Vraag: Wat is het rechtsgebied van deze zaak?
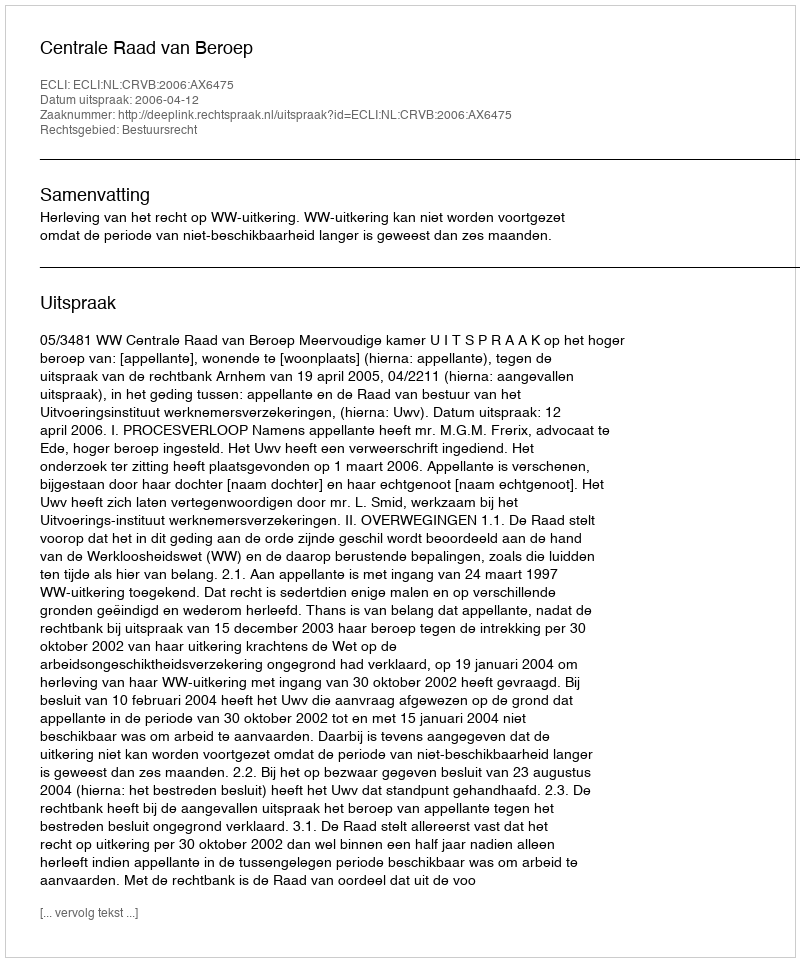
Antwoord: Bestuursrecht